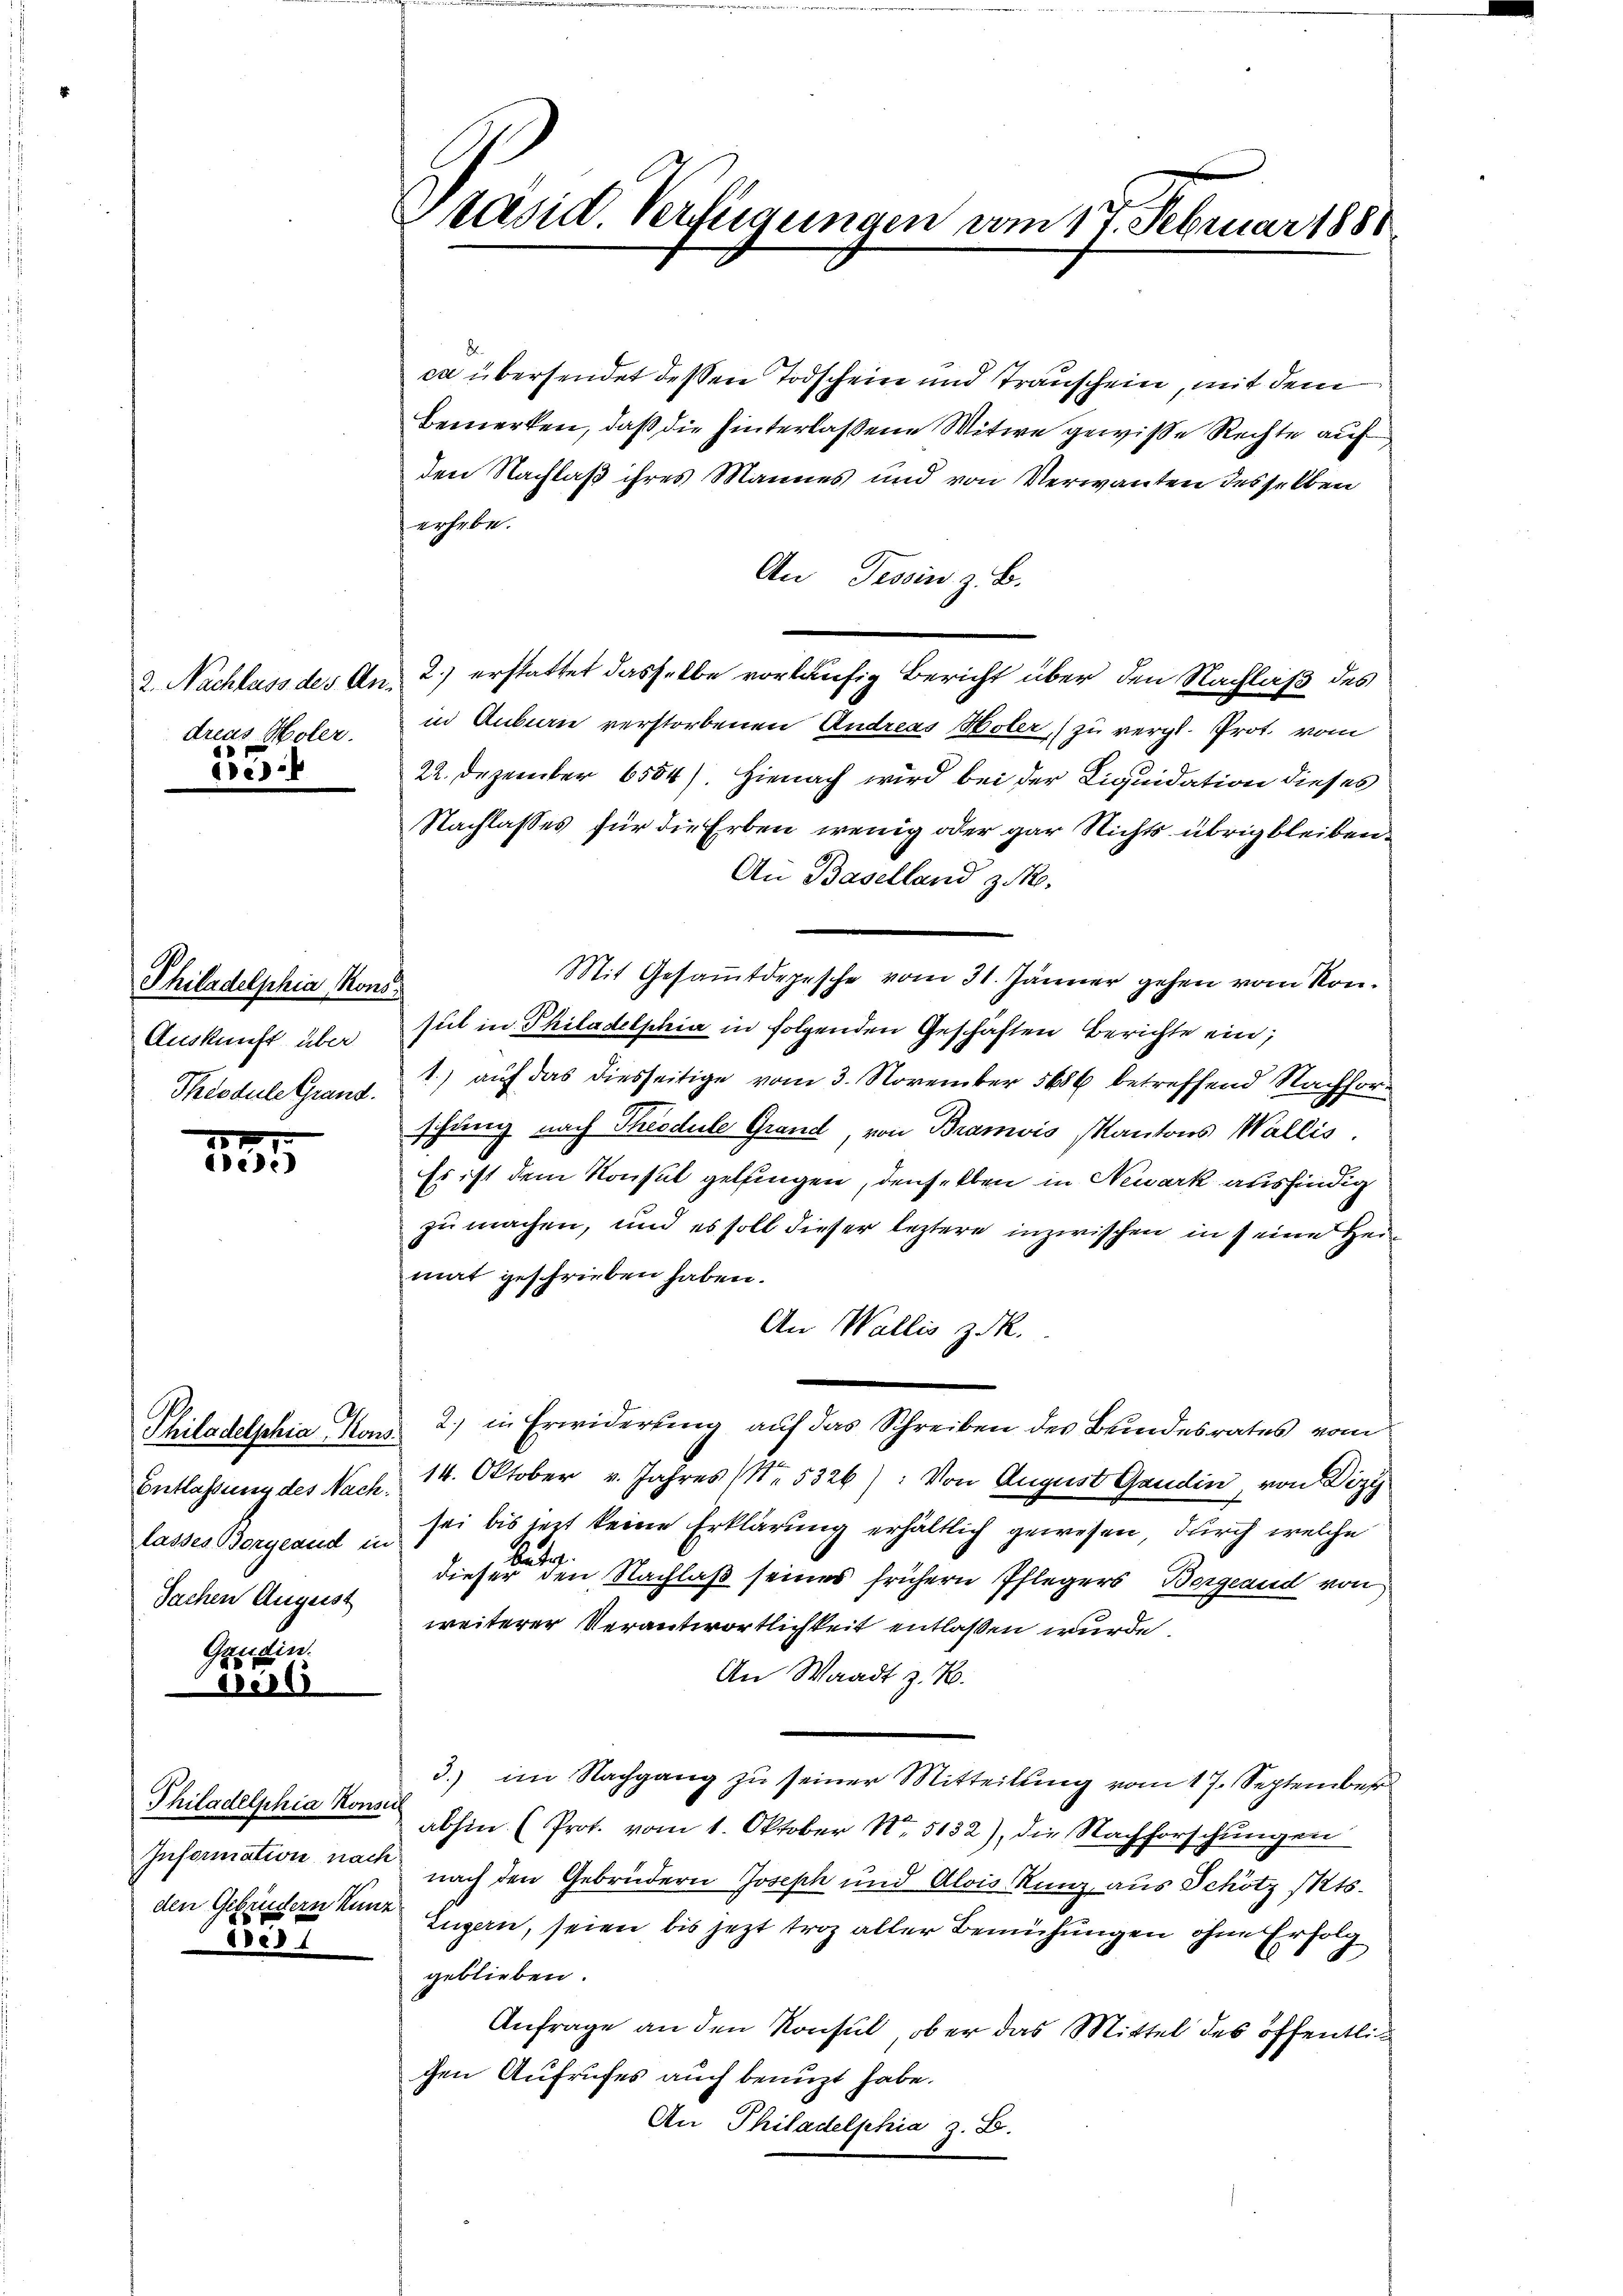
2. Nachlass des Andreas Holer.

1555.

Philadelphia Kons
Auskunft über
Théodule Grand.

13

Philadelphia Kons
Sachen August

Grudin
der

Philadelphia Konsu
Information nach

ibes

Präsid. Verfügungen vom 17. Februar 1881

ca übersendet dessen Todschein und Transchein, mit dem
Bemerken, daß die hinterlaßene Witwe gewiße Rechte auf
den Nachlaß ihres Mannes und von Verwanten desselben
erhebe.
An Tessin z. B.
2.) erstattet dasselbe vorläufig Bericht über den Nachlaß des
in Anbare verstorbenen Andreas Holer, zu vergl. Prot. vom
22. Dezember 6554). Hienach wird bei der Liquidation dieses
Nachlasses für die Erben wenig oder gar Nichts übrig bleiben.
An Baselland zuko
Mit Gesammtdepesche vom 31. Jänner gehen vom Konsut in Philadelphia in folgenden Geschäften Berichte ein;
1.) auf das diesseitige vom 3. November 5686 betreffend Nachforschung nach Theodule Grand, von Bramois Kantons Wallis.
Es ist dem Konsul gelfingen, denselben in Neuark ausfindig
zu machen, und es soll dieser leztere inzwischen in seine Heimat geschrieben haben.
An Wallis z. R.
2.) in Erwiderung auf das Schreiben des Bundesrates vom
Entlassung des Nach 14. Oktober v. Jahres (Nr. 5326): Von August Gandin, von Dizy
lasses Borgeaud in sei bis jezt keine Erklärung erhältlich gewesen, durch welche
dieser den Nachlaß seines frühern Pflegers Borgeaud von
weiterer Verantwortlichkeit entlaßen wurde.
An Waadt z. B.
3.) im Nachgang zŭ seiner Mitteilung vom 17. September
abhin (Prot. vom 1. Oktober No. 5132), die Nachforschungen
nach den Gebrüdern Joseph und Alois Kunz aus Schötz Mts.
den Gebindern kann Luzern, seien bis jezt troz aller Bemühungen ohne Erfolg
geblieben.
Anfrage an den Konsul, ob er das Mittel des öffentlich
chen Aufrufes auch benuzt habe.
An Philadelphia z. B.